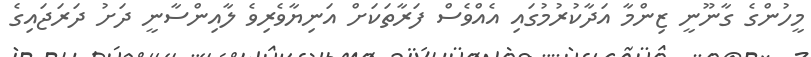
މީހުންގެ ގާނޫނީ ޒިންމާ އަދާކުރުމުގައި އެއްވެސް ފަރާތަކަށް އަނިޔާވެރިވެ ލާއިންސާނީ ދަށު ދަރަޖައިގެ